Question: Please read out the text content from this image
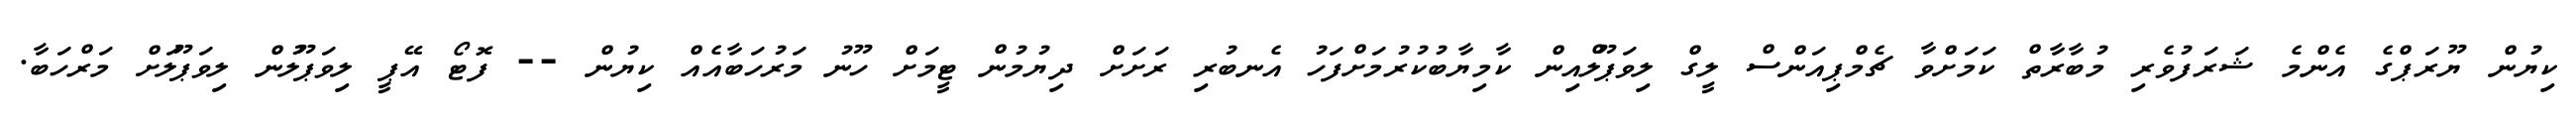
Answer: ކިޔުން ޔޫރަޕްގެ އެންމެ ޝަރަފުވެރި މުބާރާތް ކަމަށްވާ ޗެމްޕިއަންސް ލީގް ލިވަޕޫލްއިން ކާމިޔާބުކުރުމަށްފަހު އެނބުރި ރަށަށް ދިޔުމުން ޓީމަށް ހޫނު މަރުހަބާއެއް ކިޔުން -- ފޮޓޯ އޭޕީ ލިވަޕޫލުން ލިވަޕޫލަށް މަރްހަބާ.